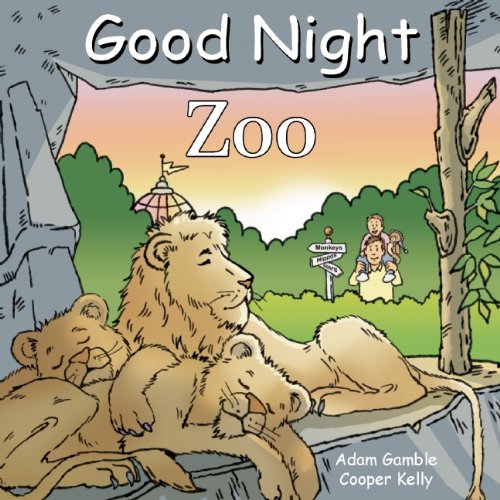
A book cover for Good Night Zoo (Good Night Our World); Adam Gamble; Children's Books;